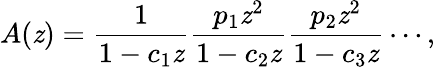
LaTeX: A(\mathit{z})={\frac{{1}}{{1-c_{1}\mathit{z}}}}{\frac{{p_{1}\mathit{z}^{2}}}{{1-c_{2}\mathit{z}}}}{\frac{{p_{2}\mathit{z}^{2}}}{{1-c_{3}\mathit{z}}}}\cdots,